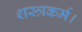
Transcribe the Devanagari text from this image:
शस्त्रकर्म।